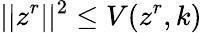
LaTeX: \lvert|z^{r}\rvert|^{2}\leq V(z^{r},k)